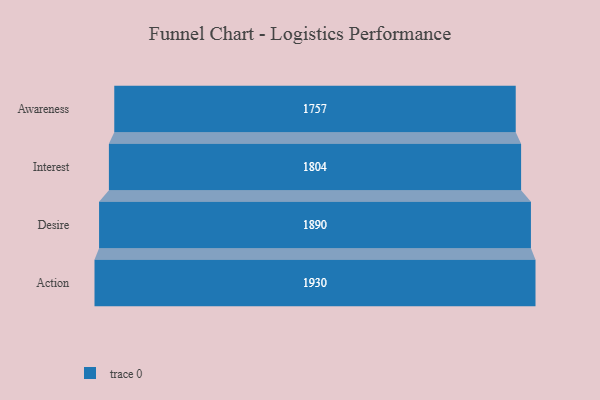
{"axis": {"x": "Stage", "y": "Value"}, "legend": [""], "data": [{"x": "Awareness", "y": 1757.0, "type": ""}, {"x": "Interest", "y": 1804.0, "type": ""}, {"x": "Desire", "y": 1890.0, "type": ""}, {"x": "Action", "y": 1930.0, "type": ""}]}